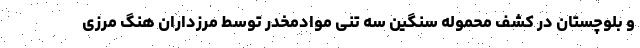
و بلوچستان در کشف محموله سنگین سه تنی موادمخدر توسط مرزداران هنگ مرزی